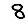
Digit: 8